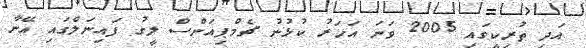
އަދި ތުރިކީގައި 2005 ވަނަ އަހަރު ކުޅުނު ޗެމްޕިއަންސް ލީގު ފައިނަލްގައި އޭނާ